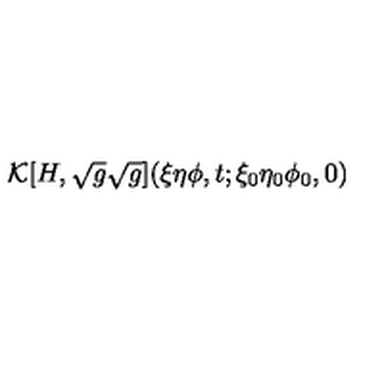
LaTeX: { \cal K } [ H , \sqrt { g } \sqrt { g } ] ( \xi \eta \phi , t ; \xi _ { 0 } \eta _ { 0 } \phi _ { 0 } , 0 ) \nonumber